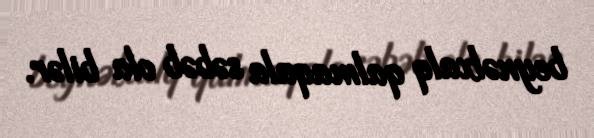
beynəlxalq qalmaqala səbəb ola bilər.